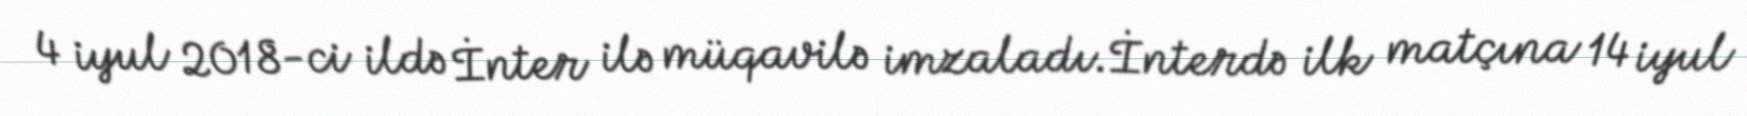
4 iyul 2018-ci ildə İnter ilə müqavilə imzaladı.İnterdə ilk matçına 14 iyul